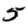
Digit: 5